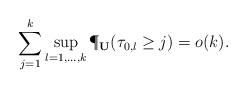
LaTeX: \begin{align*}\sum_{j=1}^k\sup_{l=1,\ldots,k}\P_{\bf U}(\tau_{0,l}\ge j)=o(k).\end{align*}